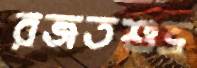
রজতশুভ্র